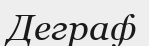
Деграф